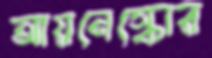
আয়নেস্কোর